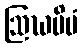
ဩဃမိမံ